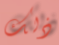
ذلك